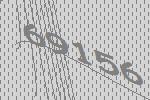
69156